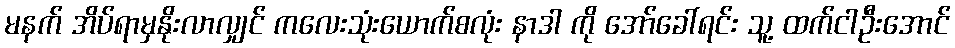
မနက် အိပ်ရာမှနိုးလာလျှင် ကလေးသုံးယောက်စလုံး နာဒါ ကို အော်ခေါ်ရင်း သူ့ ထက်ငါဦးအောင်